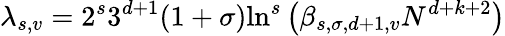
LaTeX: \lambda_{s,v}=2^{s}3^{d+1}(1+\sigma)\mathrm{ln}^{s}\left(\beta_{s,\sigma,d+1,v}N^{d+k+2}\right)